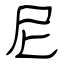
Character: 尼